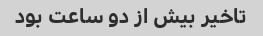
تاخیر بیش از دو ساعت بود